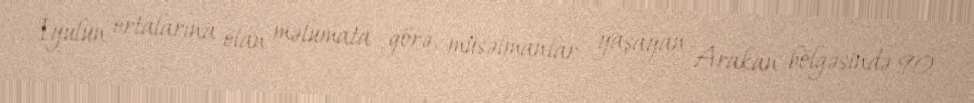
İyulun ortalarına olan məlumata görə, müsəlmanlar yaşayan Arakan bölgəsində 90